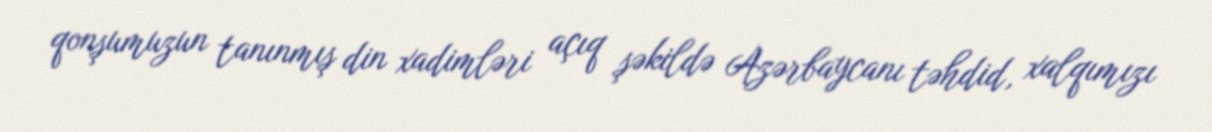
qonşumuzun tanınmış din xadimləri açıq şəkildə Azərbaycanı təhdid, xalqımızı